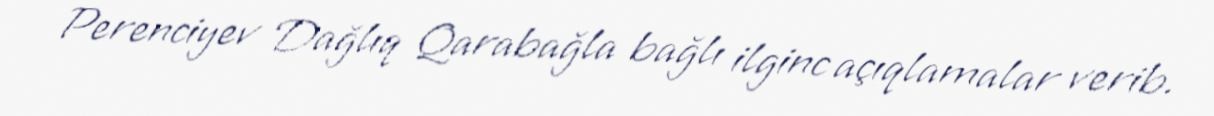
Perenciyev Dağlıq Qarabağla bağlı ilginc açıqlamalar verib.